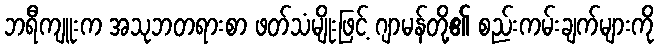
ဘရီကျူးက အသုဘတရားစာ ဖတ်သံမျိုးဖြင့် ဂျာမန်တို့၏ စည်းကမ်းချက်များကို